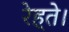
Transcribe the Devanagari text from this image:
रेह्ते।